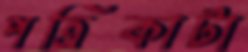
পত্রিকাটা